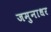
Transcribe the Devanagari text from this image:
जमुनाधर